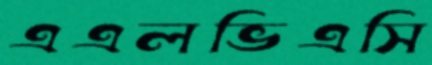
এএলভিএসি